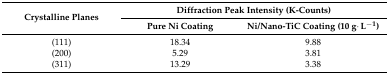
<table><thead><tr><td rowspan="2"><b>Crystalline Planes</b></td><td colspan="2"><b>Diffraction Peak Intensity (K-Counts)</b></td></tr><tr><td><b>Pure Ni Coating</b></td><td><b>Ni/Nano-TiC Coating (10 g·L<sup>−1</sup>)</b></td></tr></thead><tbody><tr><td>(111)</td><td>18.34</td><td>9.88</td></tr><tr><td>(200)</td><td>5.29</td><td>3.81</td></tr><tr><td>(311)</td><td>13.29</td><td>3.38</td></tr></tbody></table>